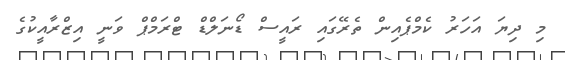
މި ދިޔަ އަހަރު ކެމްޕެއިން ތެރޭގައި ރައީސް ޑޯނަލްޑް ޓްރަމްޕް ވަނީ އިޒްރާއީކުގެ